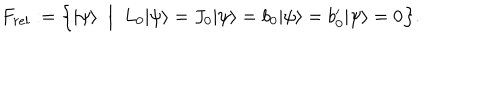
F _ { r e l } : = \Big \{ | \psi \rangle \; \; \Big | \; \; L _ { 0 } | \psi \rangle = J _ { 0 } | \psi \rangle = b _ { 0 } | \psi \rangle = b _ { 0 } ^ { \prime } | \psi \rangle = 0 \Big \} .